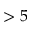
> 5